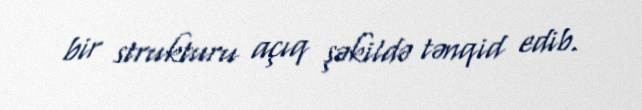
bir strukturu açıq şəkildə tənqid edib.